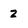
Character: 2